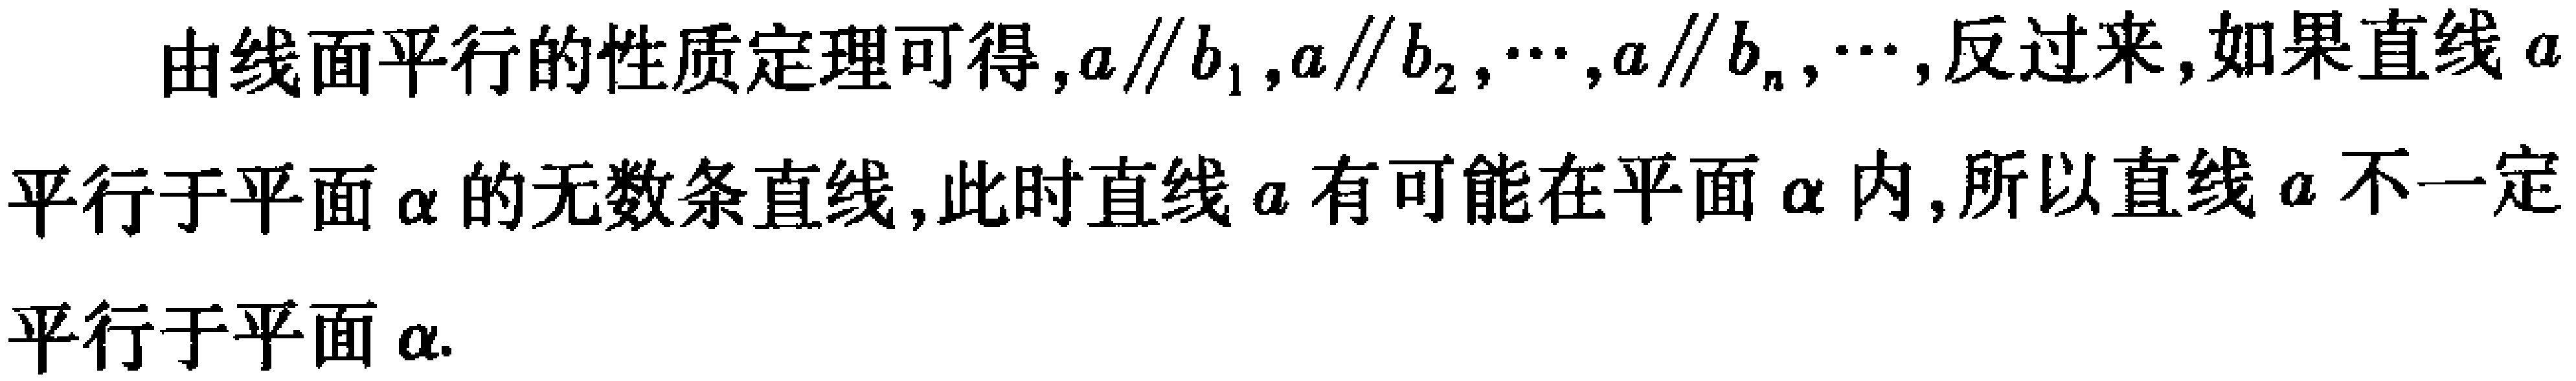
由线面平行的性质定理可得,$a\parallel b_{1},a\parallel b_{2},\cdots,a\parallel b_{n},\cdots$,反过来,如果直线$a$平行于平面$\alpha$的无数条直线,此时直线$a$有可能在平面$\alpha$内,所以直线$a$不一定平行于平面$\alpha$.